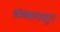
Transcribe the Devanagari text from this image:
थांब्यापासून